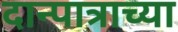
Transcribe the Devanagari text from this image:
दान्पात्राच्या